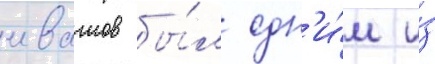
ивашов бы́л одн'и́м и́з